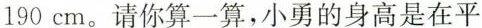
190cm。请你算一算，小勇的身高是在平